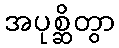
အပုစ္ဆိတွာ